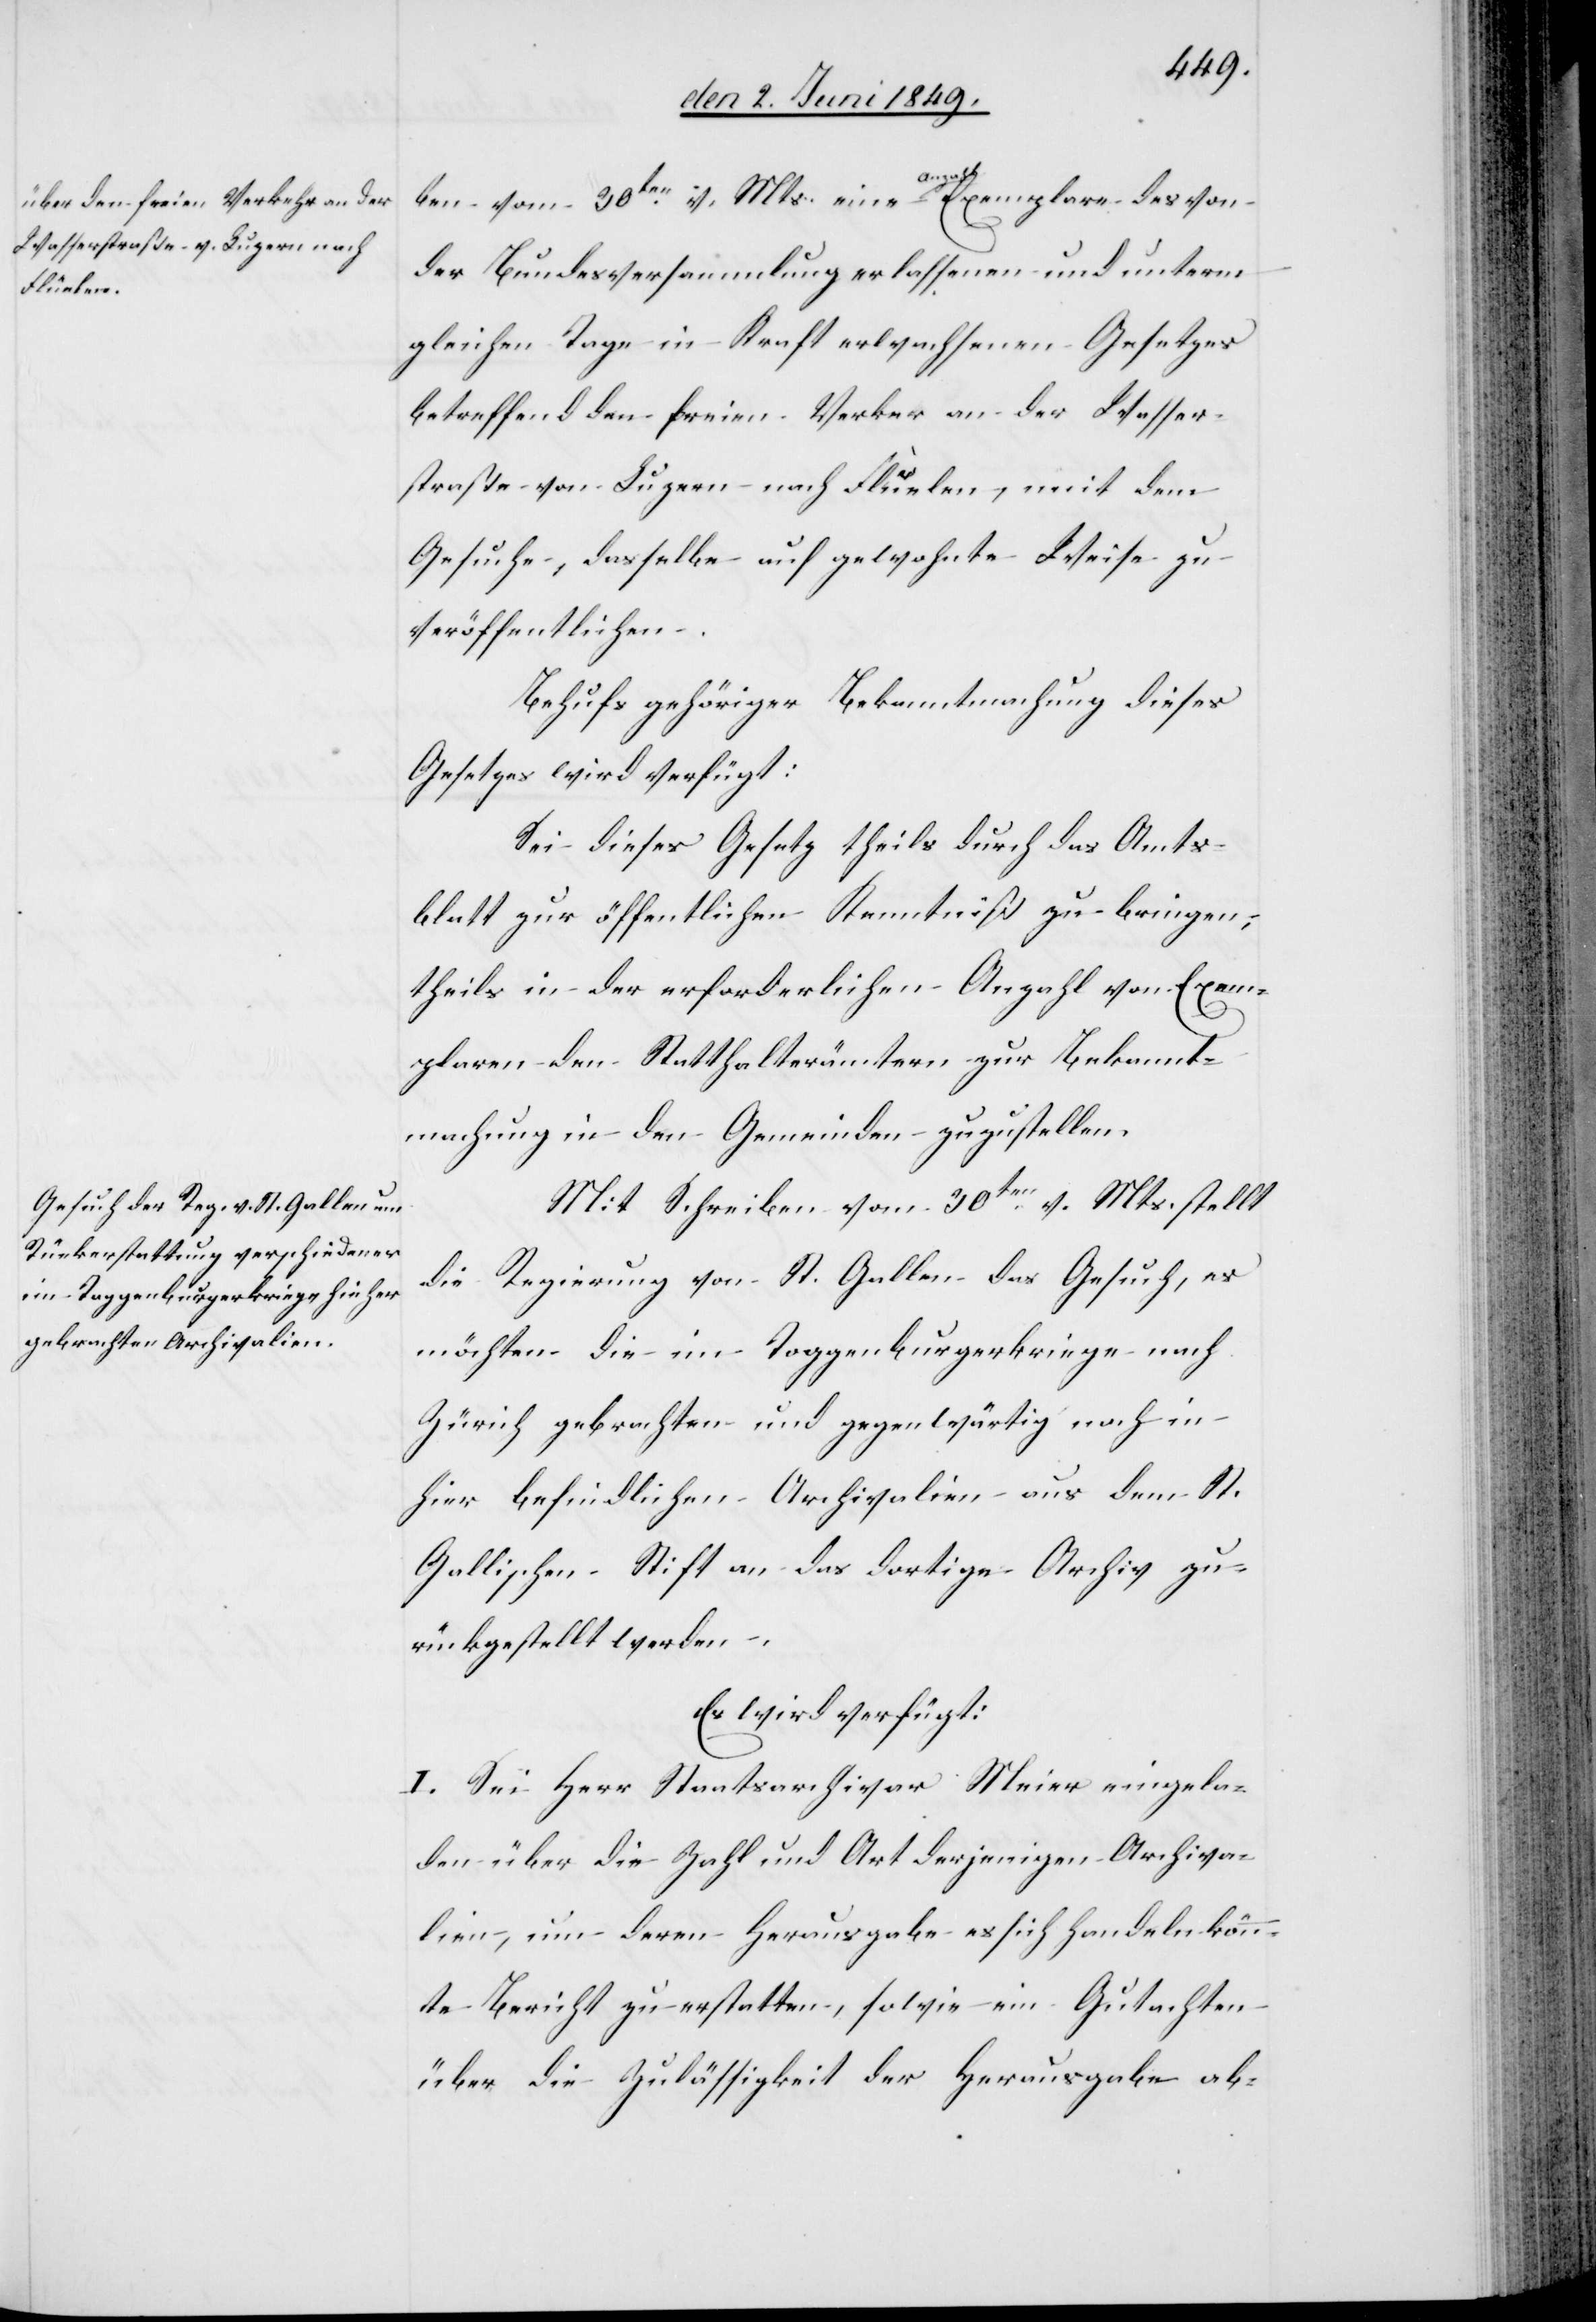
den 4. Juni 1849.]
ben vom 30ten v. Mts. eine Anzahl Exemplare des von
der Bundesversammlung erlassenen und unterm
gleichen Tage in Kraft erwachsenen Gesetzes
betreffend den freien Verkehr an der Wasser¬
straße von Luzern nach Flüelen, mit dem
Gesuche, dasselbe auf gewohnte Weise zu
veröffentlichen.
Behufs gehöriger Bekanntmachung dieses
Gesetzes wird verfügt:
Sei dieses Gesetz theils durch das Amts¬
blatt zur öffentlichen Kenntniß zu bringen,
theils in der erforderlichen Anzahl von Exem¬
plaren den Statthalterämtern zur Bekannt¬
machung in den Gemeinden zuzustellen.
Mit Schreiben vom 30ten v. Mts. stellt
die Regierung von St. Gallen das Gesuch, es
möchten die im Toggenburgerkriege nach
Zürich gebrachten und gegenwärtig noch in
hier befindlichen Archivalien aus dem St.
Gallischen Stift an das dortige Archiv zu¬
rückgestellt werden.
Es wird verfügt:
I. Sei Herr Staatsarchivar Meier eingela¬
den über die Zahl und Art derjenigen Archiva¬
lien, um deren Herausgabe es sich handeln kön¬
nte Bericht zu erstatten, sowie ein Gutachten
über die Zulässigkeit der Herausgabe ab-